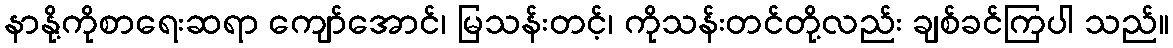
နာနို့ကိုစာရေးဆရာ ကျော်အောင်၊ မြသန်းတင့်၊ ကိုသန်းတင်တို့လည်း ချစ်ခင်ကြပါ သည်။